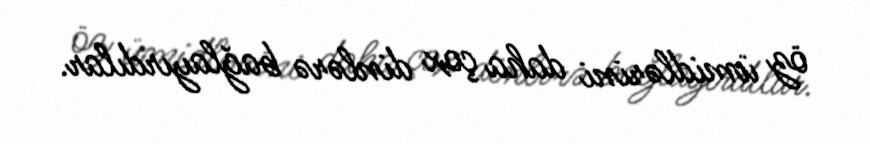
öz ümidlərini daha çox dinlərə bağlayırdılar.